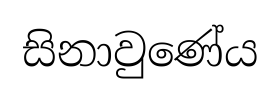
සිනාවුණේය